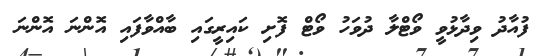
ފުއާދު ވިދާޅުވީ ވޯޓްލާ ދުވަހު ވޯޓް ފޮށި ކައިރީގައި ބާއްވާފައި އޮންނަ އޮންނަ